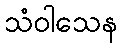
သံဝါသေန